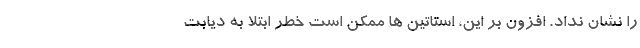
را نشان نداد. افزون بر این، استاتین ها ممکن است خطر ابتلا به دیابت